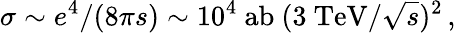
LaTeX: \sigma\sim e^{4}/(8\pi s)\sim 10^{4}~\mathrm{ab}~(3~\mathrm{TeV}/\sqrt{s})^{2}\, ,